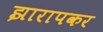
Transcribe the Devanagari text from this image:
झारापकर